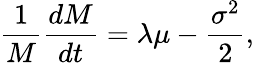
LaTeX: \frac{1}{M}\frac{dM}{dt}=\lambda\mu-\frac{\sigma^{2}}{2},